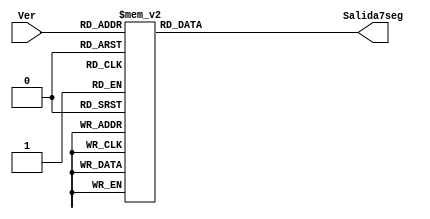
module Convierte(
    input [3:0]Ver,
    output reg [6:0]Salida7seg
    );
		 
	always @(Ver)begin	
		case(Ver)
		//                        abc_defg
		7'b0000000: Salida7seg=7'b000_0001;//0
		7'b0000001: Salida7seg=7'b100_1111;//1
		7'b0000010: Salida7seg=7'b001_0010;//2
		7'b0000011: Salida7seg=7'b000_0110;//3
		7'b0000100: Salida7seg=7'b100_1100;//4
		7'b0000101: Salida7seg=7'b010_0100;//5
		7'b0000110: Salida7seg=7'b010_0000;//6
		7'b0000111: Salida7seg=7'b000_1111;//7
		7'b0001000: Salida7seg=7'b000_0000;//8
		7'b0001001: Salida7seg=7'b000_0100;//9
	
		7'b0001010: Salida7seg=7'b000_1000;//A
		7'b0001011: Salida7seg=7'b110_0000;//b
		7'b0001100: Salida7seg=7'b011_0001;//C
		7'b0001101: Salida7seg=7'b100_0010;//d
		7'b0001110: Salida7seg=7'b011_0000;//E
		7'b0001111: Salida7seg=7'b011_1000;//F

	/*
		8'h15: Salida7seg=7'b000_1100;//q
		8'h1D: Salida7seg=7'b100_0000;//w
		8'h24: Salida7seg=7'b011_0000;//E
		8'h2D: Salida7seg=7'b111_1010;//r
		8'h2C: Salida7seg=7'b111_0000;//t
		8'h35: Salida7seg=7'b100_0100;//Y
		8'h3C: Salida7seg=7'b110_0011;//u
		8'h43: Salida7seg=7'b100_1111;//i
		8'h44: Salida7seg=7'b110_0010;//O
		8'h4D: Salida7seg=7'b001_1000;//P
		8'h1C: Salida7seg=7'b000_1000;//A
		8'h1B: Salida7seg=7'b010_0100;//S
		8'h23: Salida7seg=7'b100_0010;//d
		8'h2B: Salida7seg=7'b011_1000;//F
		8'h34: Salida7seg=7'b010_0001;//G
		8'h33: Salida7seg=7'b110_1000;//h
		8'h3B: Salida7seg=7'b100_0011;//J
		8'h42: Salida7seg=7'b010_1000;//K
		8'h4B: Salida7seg=7'b111_0000;//L
		8'h4C: Salida7seg=7'b010_1010;//
		8'h1A: Salida7seg=7'b001_0011;//Z
		8'h22: Salida7seg=7'b100_1000;//X
		8'h21: Salida7seg=7'b111_0010;//C
		8'h2A: Salida7seg=7'b100_0001;//V
		8'h32: Salida7seg=7'b110_0000;//b
		8'h31: Salida7seg=7'b110_1010;//n
		8'h3A: Salida7seg=7'b000_1001;//M
		*/
		default : Salida7seg=7'b000_0001;//0
		
		
		endcase
	end
endmodule